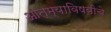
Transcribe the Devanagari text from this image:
आत्म्याविषयीचे